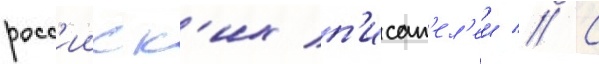
росс'ииск'их п'исат'ел'еи // С